38_143685_box7_Incident_Summaries_1-100
Agency: Department of War
Page 73
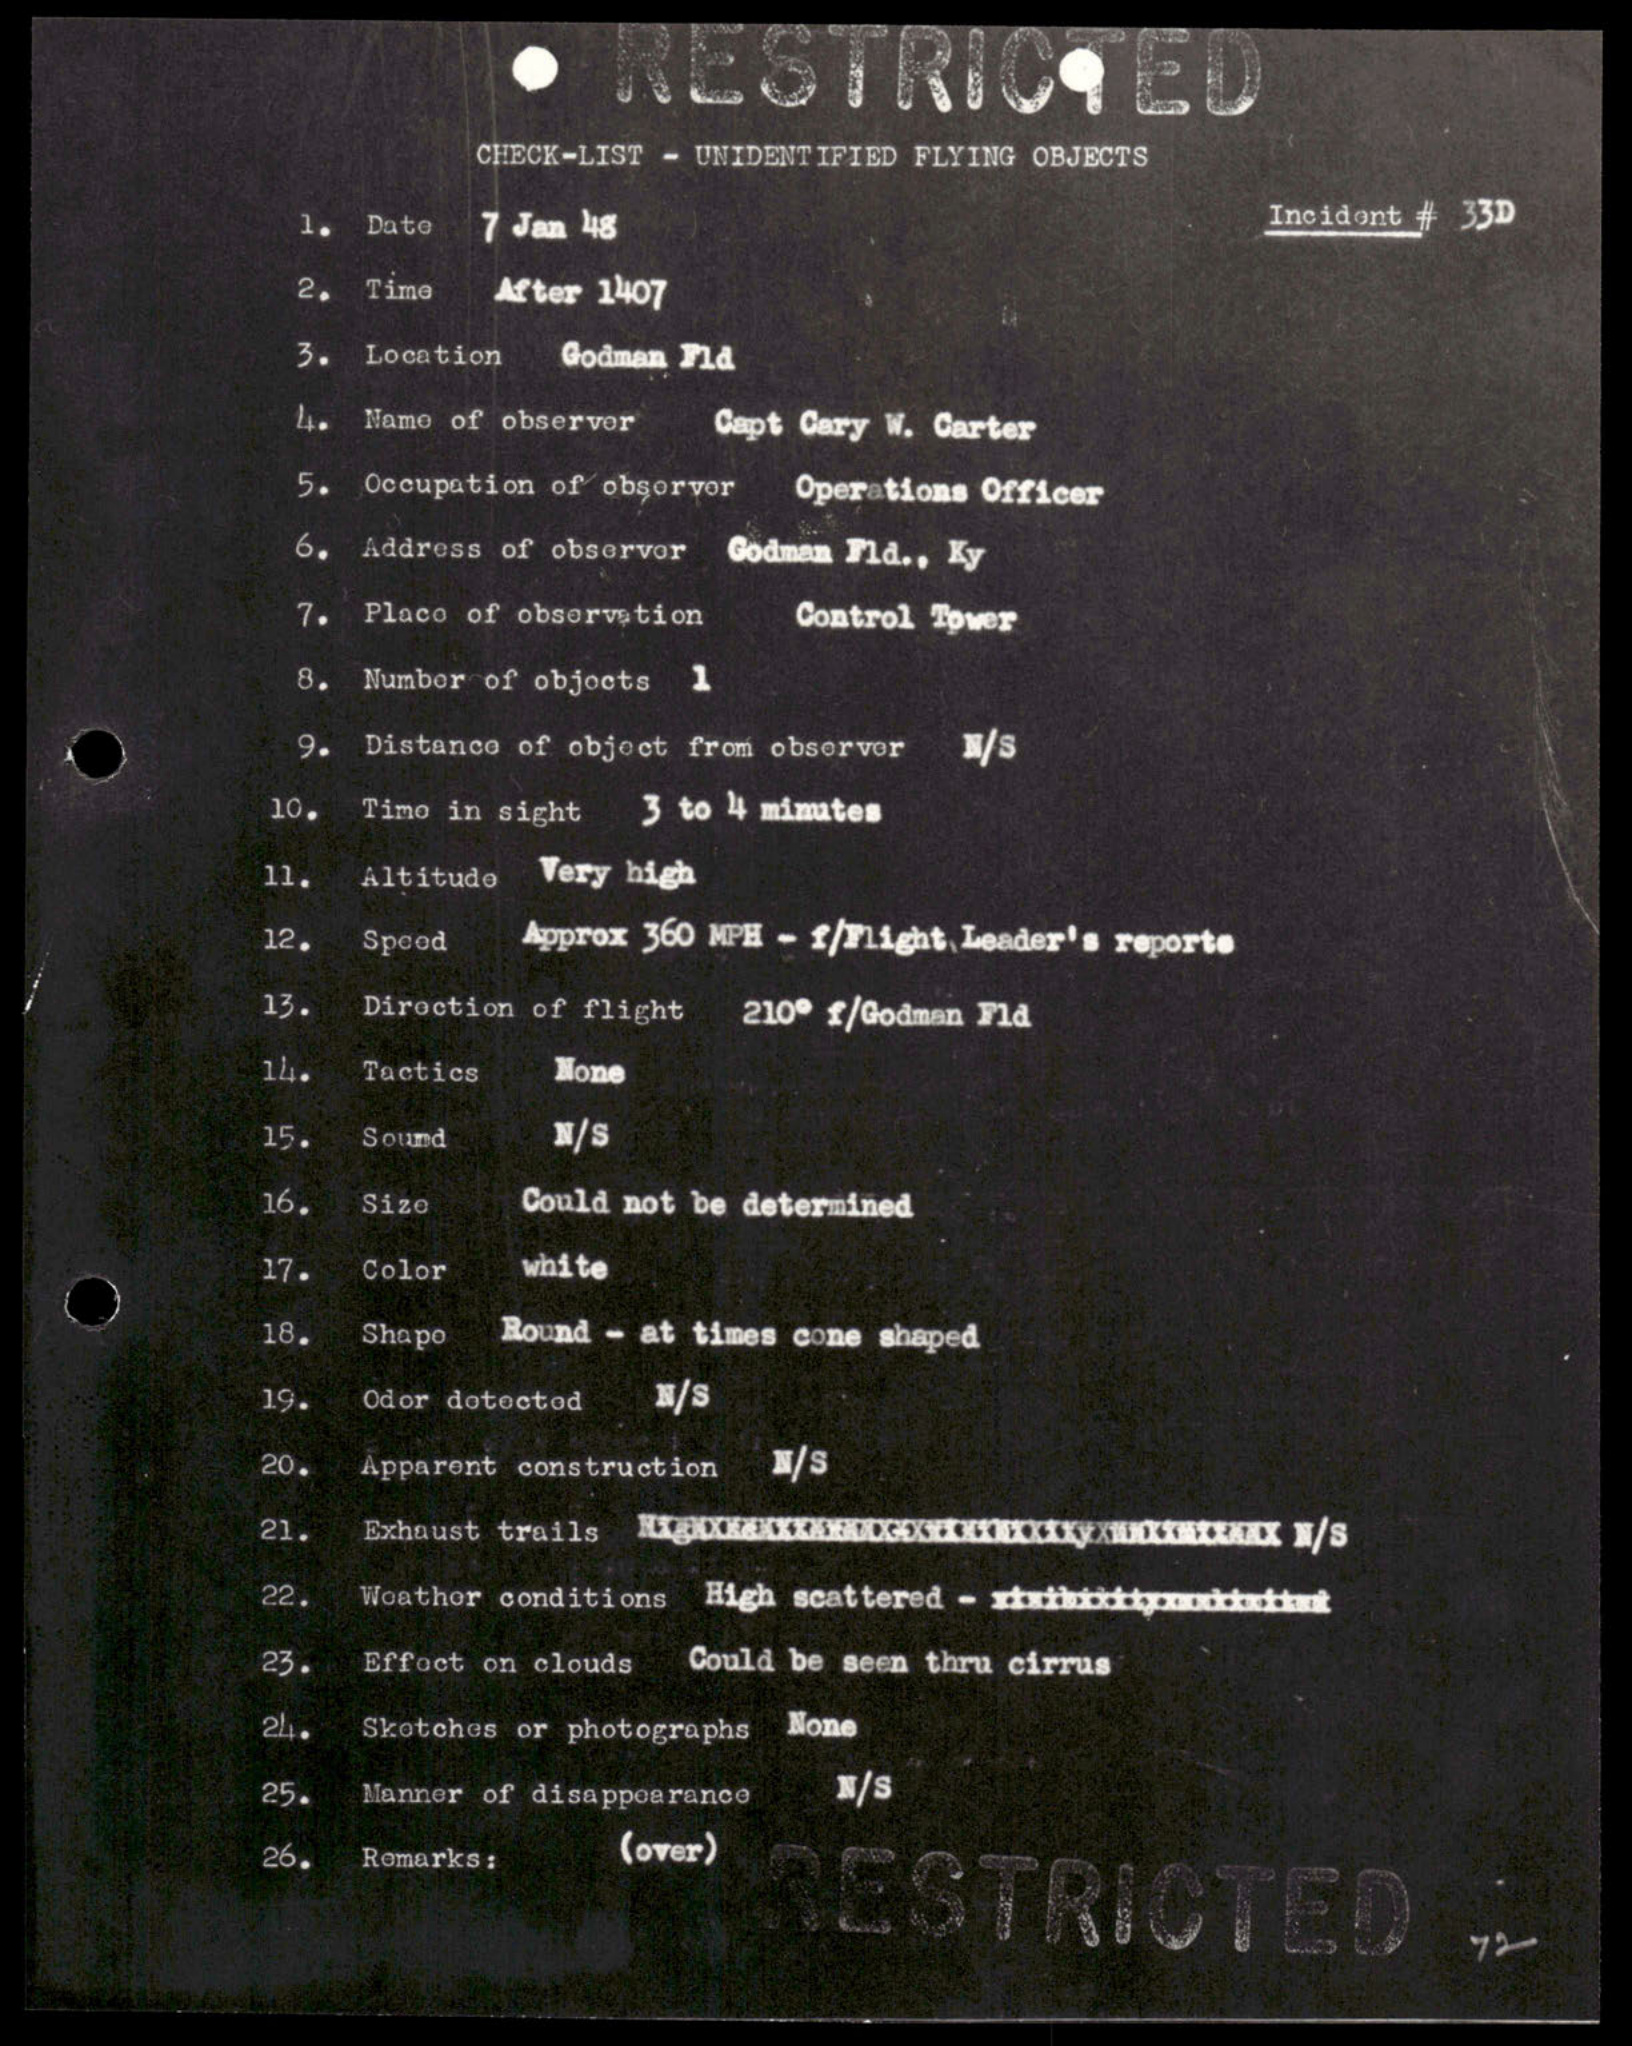